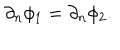
LaTeX: \partial _ { n } \phi _ { 1 } = \partial _ { n } \phi _ { 2 } .